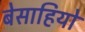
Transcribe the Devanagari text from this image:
बेसाहियो